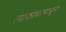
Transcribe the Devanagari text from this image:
त्याकाळापासून